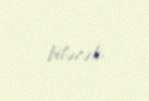
biləcək.